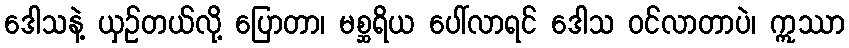
ဒေါသနဲ့ ယှဉ်တယ်လို့ ပြောတာ၊ မစ္ဆရိယ ပေါ်လာရင် ဒေါသ ဝင်လာတာပဲ၊ ဣဿာ